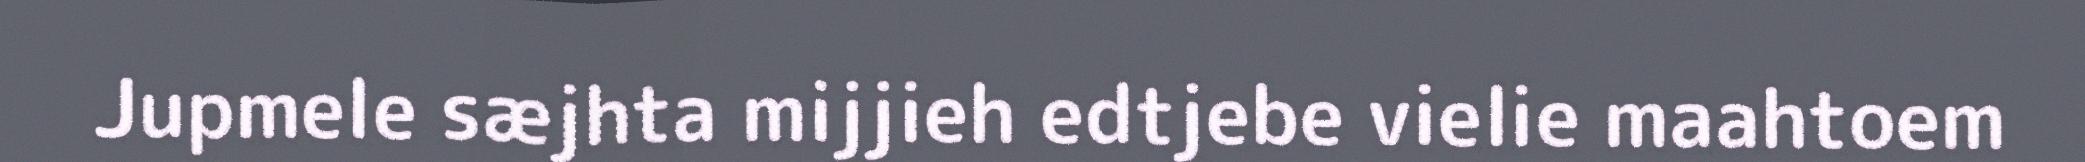
Jupmele sæjhta mijjieh edtjebe vielie maahtoem